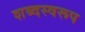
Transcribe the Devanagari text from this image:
शब्दस्वरूप